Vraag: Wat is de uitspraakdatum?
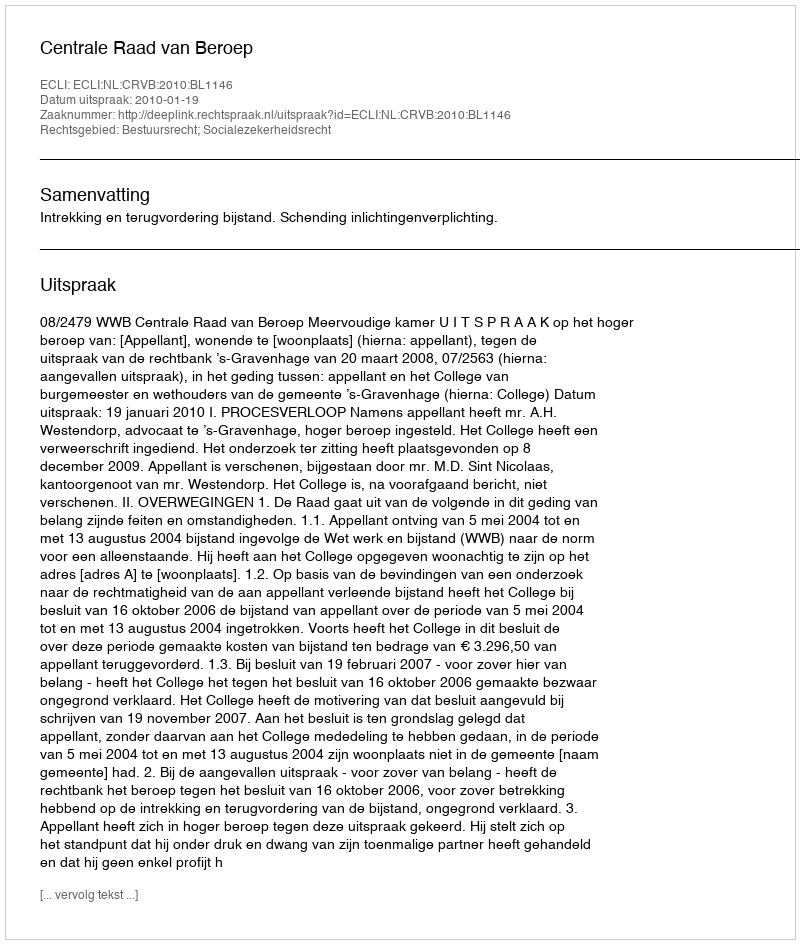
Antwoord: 2010-01-19